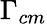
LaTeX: \Gamma_{cm}